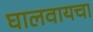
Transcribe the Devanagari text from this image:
घालवायचा